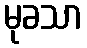
မုခသာ